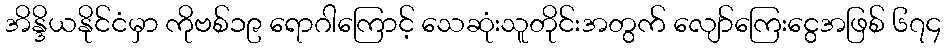
အိန္ဒိယနိုင်ငံမှာ ကိုဗစ်၁၉ ရောဂါကြောင့် သေဆုံးသူတိုင်းအတွက် လျော်ကြေးငွေအဖြစ် ၆၇၄